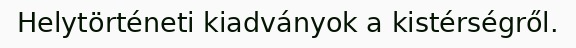
Helytörténeti kiadványok a kistérségről.